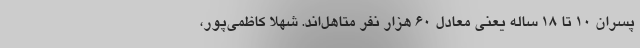
پسران ۱۰ تا ۱۸ ساله یعنی معادل ۶۰ هزار نفر متاهل‌اند. شهلا کاظمی‌پور،